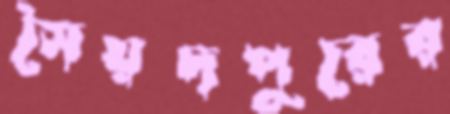
সৈয়দপুরের